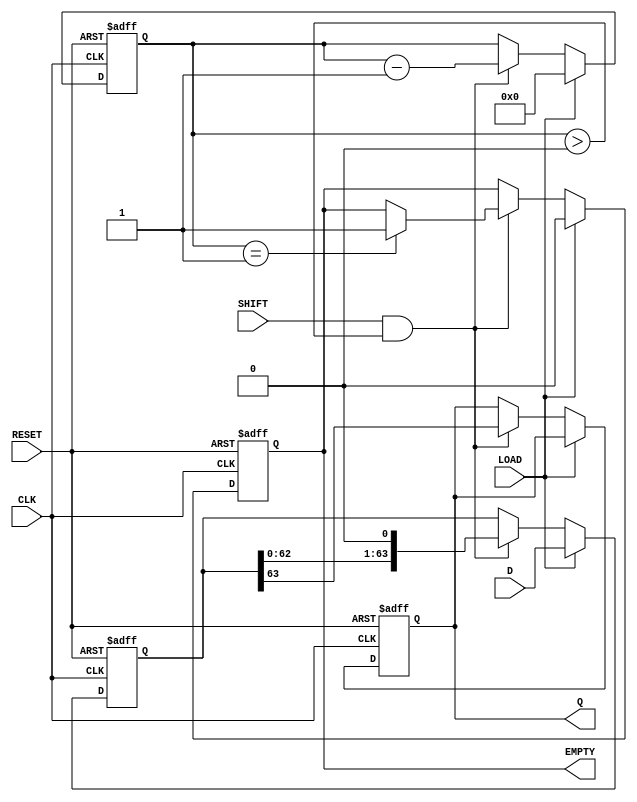
module PISO_Register (
    input wire [63:0] D,       // 64-bit data input
    input wire LOAD,           // Load control signal
    input wire CLK,            // Clock signal
    input wire SHIFT,          // Shift control signal
    input wire RESET,          // Asynchronous reset signal
    output reg Q,              // Serial output
    output reg EMPTY           // Empty status signal
);

    reg [63:0] shift_reg;      // 64-bit shift register
    reg [5:0] count;           // Counter for the number of bits shifted out

    // Asynchronous reset
    always @(posedge CLK or posedge RESET) begin
        if (RESET) begin
            shift_reg <= 64'b0; // Clear the register
            Q <= 1'b0;          // Clear the output
            EMPTY <= 1'b1;      // Register is empty
            count <= 6'b0;      // Reset the count
        end else begin
            if (LOAD) begin
                shift_reg <= D;  // Load data into the register
                count <= 6'd64;  // Set count to 64 (all bits loaded)
                EMPTY <= 1'b0;    // Register is not empty
            end else if (SHIFT && count > 0) begin
                Q <= shift_reg[63]; // Output the MSB
                shift_reg <= shift_reg << 1; // Shift left
                count <= count - 1; // Decrement the count
                if (count == 1) begin
                    EMPTY <= 1'b1; // Register is empty after last bit
                end
            end
        end
    end

endmodule